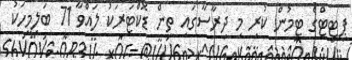
ޕިޓިޓްގެ ޓީމުން ކުރި މި ދިރާސާގައި ތިން ޑޮކްޓަރަކު ލައްވާ 71 ބަލިމީހަކު